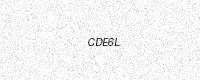
Text: CDE6L